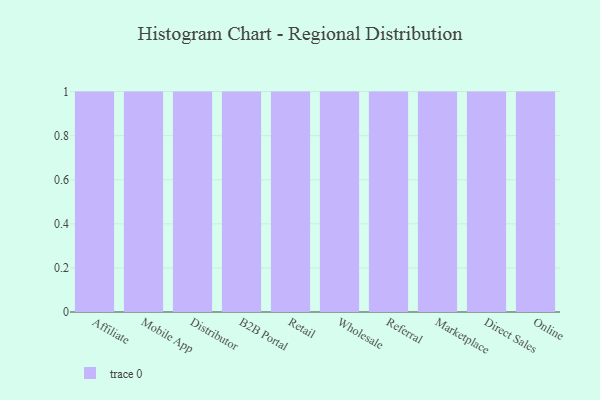
{"axis": {"x": "Channel", "y": "Gross Profit (USD K)"}, "legend": [""], "data": [{"x": "Affiliate", "y": 21, "type": ""}, {"x": "Mobile App", "y": 100, "type": ""}, {"x": "Distributor", "y": 69, "type": ""}, {"x": "B2B Portal", "y": 90, "type": ""}, {"x": "Retail", "y": 100, "type": ""}, {"x": "Wholesale", "y": 73, "type": ""}, {"x": "Referral", "y": 84, "type": ""}, {"x": "Marketplace", "y": 76, "type": ""}, {"x": "Direct Sales", "y": 68, "type": ""}, {"x": "Online", "y": 2, "type": ""}]}